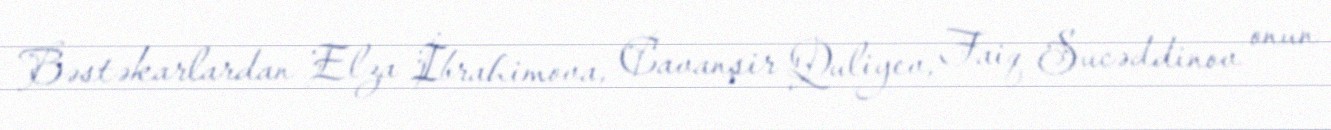
Bəstəkarlardan Elza İbrahimova, Cavanşir Quliyev, Faiq Sucəddinov onun